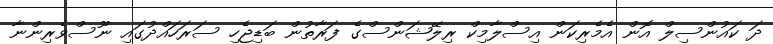
ދަ ކައުންސިލް އޮން އެމެރިކަން އިސްލާމިކް ރިލޭޝަންސްގެ ފަރާތުން ބަޑިޖެހި ސަރަހައްދުގައި ނޫސްވެރިންނާ